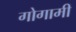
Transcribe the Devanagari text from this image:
गोगामी